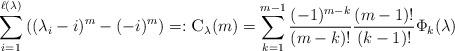
LaTeX: \begin{align*}\sum_{i=1}^{\ell(\lambda)} \left((\lambda_i-i)^m-(-i)^m\right) =: \textsc{C}_\lambda(m)=\sum_{k=1}^{m-1} \frac{(-1)^{m-k}}{(m-k)!} \frac{(m-1)!}{(k-1)!}\Phi_k(\lambda)\end{align*}